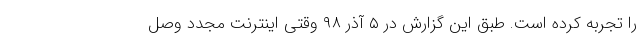
را تجربه کرده است. طبق این گزارش در ۵ آذر ۹۸ وقتی اینترنت مجدد وصل